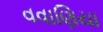
વવાણિયા